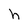
Character: h